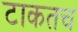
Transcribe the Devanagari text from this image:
टाकतच